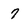
Character: 7